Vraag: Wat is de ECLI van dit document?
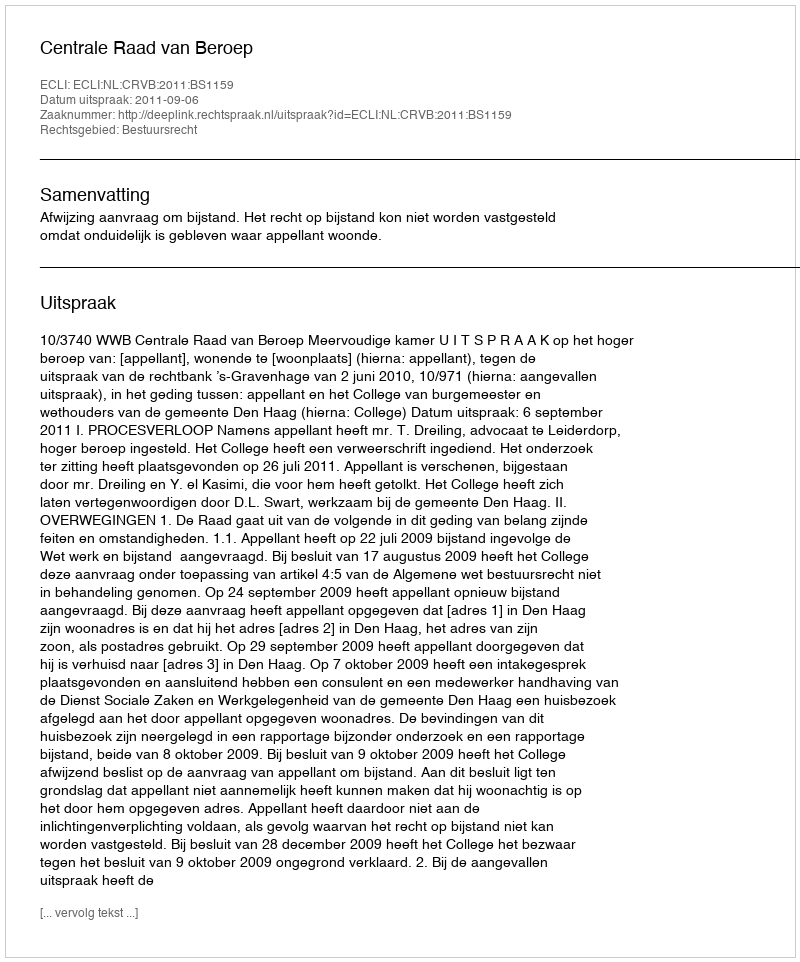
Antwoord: ECLI:NL:CRVB:2011:BS1159